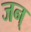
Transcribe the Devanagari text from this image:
जन्‌